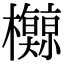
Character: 𪴡